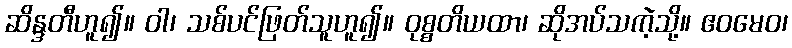
ဆိန္ဒတီဟူ၍။ ဝါ၊ သစ်ပင်ဖြတ်သူဟူ၍။ ဝုစ္စတိယထာ၊ ဆိုအပ်သကဲ့သို့။ ဧဝမေဝ၊